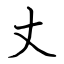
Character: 丈